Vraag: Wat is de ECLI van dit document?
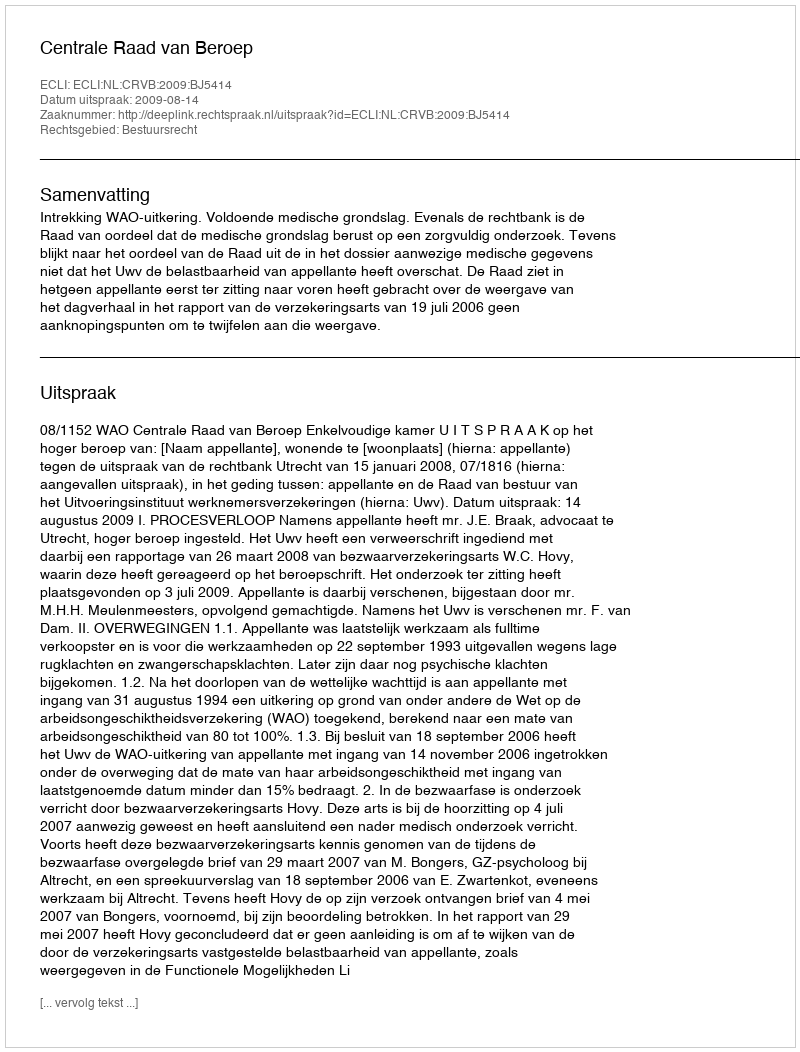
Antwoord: ECLI:NL:CRVB:2009:BJ5414